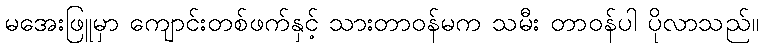
မအေးဖြူမှာ ကျောင်းတစ်ဖက်နှင့် သားတာဝန်မက သမီး တာဝန်ပါ ပိုလာသည်။